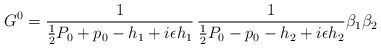
\begin{align*}G^0={1\over {1\over 2}P_0+p_0-h_1+i\epsilon h_1}\,{1\over {1\over 2}P_0-p_0-h_2+i\epsilon h_2}\beta_1\beta_2 \end{align*}